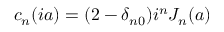
c _ { n } ( i a ) = ( 2 - \delta _ { n 0 } ) i ^ { n } J _ { n } ( a )